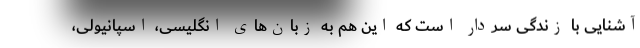
آشنایی با زندگی سردار است که این هم به زبان‌های انگلیسی، اسپانیولی،